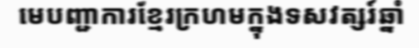
មេបញ្ជាការខ្មែរក្រហមក្នុងទសវត្សរ៍ឆ្នាំ